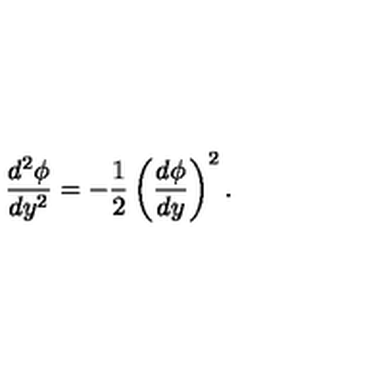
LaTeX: { \frac { d ^ { 2 } \phi } { d y ^ { 2 } } } = - { \frac { 1 } { 2 } } \left( { \frac { d \phi } { d y } } \right) ^ { 2 } .